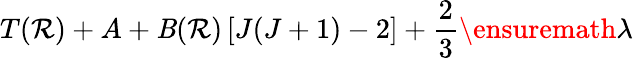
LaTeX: T(\mathcal{R})+A+\mathit{B}(\mathcal{R})\left[J(J+1)-2\right]+\frac{{2}}{{3}}\ensuremath{{\lambda}}